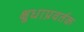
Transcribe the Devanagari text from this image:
क्षुधाप्रवर्तक